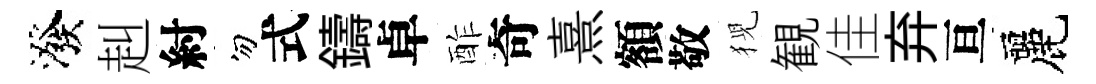
潑赳紂勿式鑄卓酢奇熹額敬猊観佳弃亘麗